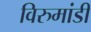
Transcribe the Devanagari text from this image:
विरुमांडी